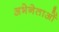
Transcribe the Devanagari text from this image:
अभेनेताओं